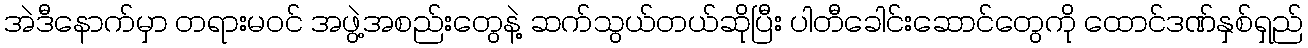
အဲဒီနောက်မှာ တရားမဝင် အဖွဲ့အစည်းတွေနဲ့ ဆက်သွယ်တယ်ဆိုပြီး ပါတီခေါင်းဆောင်တွေကို ထောင်ဒဏ်နှစ်ရှည်